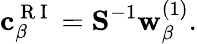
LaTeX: \mathbf{c}_{\beta}^{\mathrm{~R~I~}}=\mathbf{S}^{-1}\mathbf{w}_{\beta}^{(1)}.